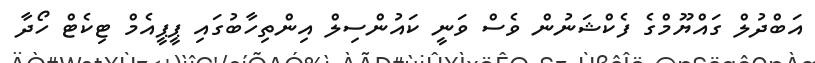
އަބްދުލް ގައްޔޫމްގެ ފެކްޝަނުން ވެސް ވަނީ ކައުންސިލް އިންތިހާބުގައި ޕީޕީއެމް ޓިކެޓް ހޯދާ